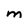
Character: m